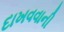
દાખવવાની